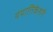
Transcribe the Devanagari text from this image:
ययातिकेशरी